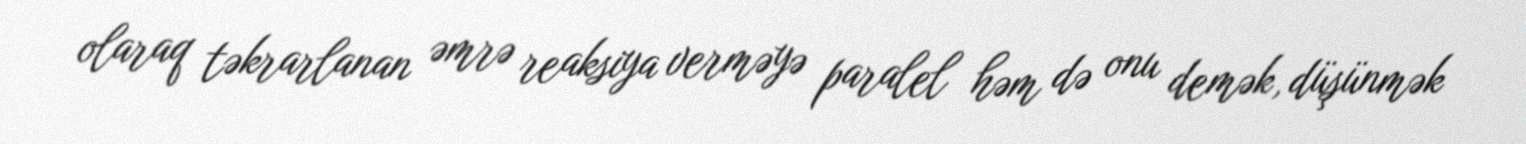
olaraq təkrarlanan əmrə reaksiya verməyə paralel həm də onu demək, düşünmək